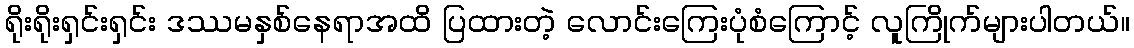
ရိုးရိုးရှင်းရှင်း ဒဿမနှစ်နေရာအထိ ပြထားတဲ့ လောင်းကြေးပုံစံကြောင့် လူကြိုက်များပါတယ်။